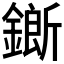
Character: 𨬅